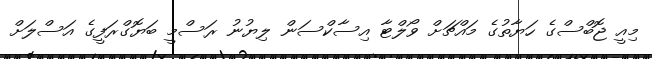
މިއީ ޖޮބްސްގެ ހަޔާތުގެ މައްޗަށް ވޯލްޓާ އިސާކްސަން ލިޔުނު ރަސްމީ ބަޔޮގްރަފީގެ އަސްލަށް